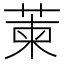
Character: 萰